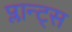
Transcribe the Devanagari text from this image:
प्लान्ट्स